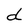
Character: d